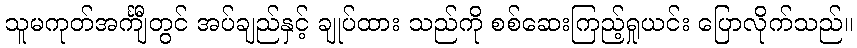
သူမကုတ်အင်္ကျီတွင် အပ်ချည်နှင့် ချုပ်ထား သည်ကို စစ်ဆေးကြည့်ရှုယင်း ပြောလိုက်သည်။